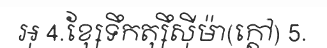
អុ 4.ខ្សែទឹកត្សឹស៊ីម៉ា(ក្តៅ) 5.